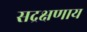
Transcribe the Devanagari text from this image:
सद्रक्षणाय